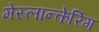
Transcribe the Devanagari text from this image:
मेस्लान्त्केरिंग